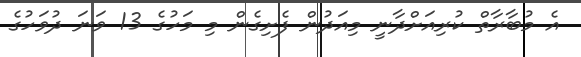
އެ މުބާރާތް ކުރިއަށްދާނީ މިއަދުން ފެށިގެން މި މަހުގެ 13 ވަނަ ދުވަހުގެ